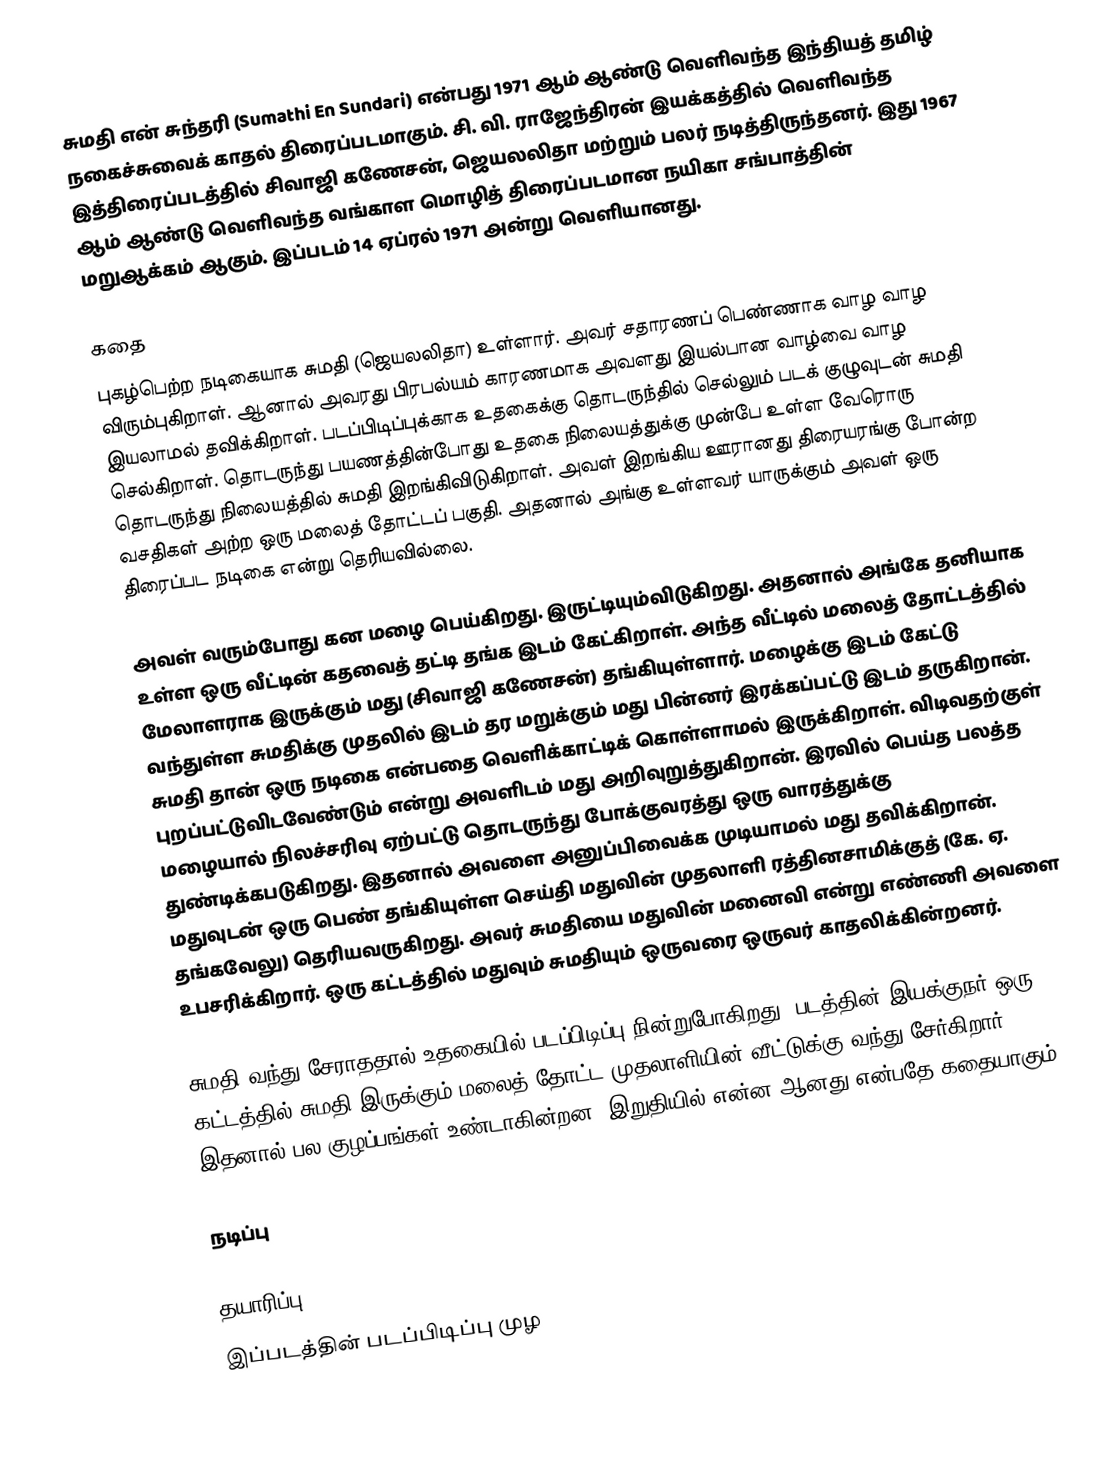
சுமதி என் சுந்தரி (Sumathi En Sundari) என்பது 1971 ஆம் ஆண்டு வெளிவந்த இந்தியத் தமிழ் நகைச்சுவைக் காதல் திரைப்படமாகும். சி. வி. ராஜேந்திரன் இயக்கத்தில் வெளிவந்த இத்திரைப்படத்தில் சிவாஜி கணேசன், ஜெயலலிதா மற்றும் பலர் நடித்திருந்தனர். இது 1967 ஆம் ஆண்டு வெளிவந்த வங்காள மொழித் திரைப்படமான நயிகா சங்பாத்தின் மறுஆக்கம் ஆகும். இப்படம் 14 ஏப்ரல் 1971 அன்று வெளியானது.

கதை
புகழ்பெற்ற நடிகையாக சுமதி (ஜெயலலிதா) உள்ளார். அவர் சதாரணப் பெண்ணாக வாழ வாழ விரும்புகிறாள். ஆனால் அவரது பிரபல்யம் காரணமாக அவளது இயல்பான வாழ்வை வாழ இயலாமல் தவிக்கிறாள். படப்பிடிப்புக்காக உதகைக்கு தொடருந்தில் செல்லும் படக் குழுவுடன் சுமதி செல்கிறாள். தொடருந்து பயணத்தின்போது உதகை நிலையத்துக்கு முன்பே உள்ள வேரொரு தொடருந்து நிலையத்தில் சுமதி இறங்கிவிடுகிறாள். அவள் இறங்கிய ஊரானது திரையரங்கு போன்ற வசதிகள் அற்ற ஒரு மலைத் தோட்டப் பகுதி. அதனால் அங்கு உள்ளவர் யாருக்கும் அவள் ஒரு திரைப்பட நடிகை என்று தெரியவில்லை.

அவள் வரும்போது கன மழை பெய்கிறது. இருட்டியும்விடுகிறது. அதனால் அங்கே தனியாக உள்ள ஒரு வீட்டின் கதவைத் தட்டி தங்க இடம் கேட்கிறாள். அந்த வீட்டில் மலைத் தோட்டத்தில் மேலாளராக இருக்கும் மது (சிவாஜி கணேசன்) தங்கியுள்ளார். மழைக்கு இடம் கேட்டு வந்துள்ள சுமதிக்கு முதலில் இடம் தர மறுக்கும் மது பின்னர் இரக்கப்பட்டு இடம் தருகிறான். சுமதி தான் ஒரு நடிகை என்பதை வெளிக்காட்டிக் கொள்ளாமல் இருக்கிறாள். விடிவதற்குள் புறப்பட்டுவிடவேண்டும் என்று அவளிடம் மது அறிவுறுத்துகிறான்.  இரவில் பெய்த பலத்த மழையால் நிலச்சரிவு ஏற்பட்டு தொடருந்து போக்குவரத்து ஒரு வாரத்துக்கு துண்டிக்கபடுகிறது. இதனால் அவளை அனுப்பிவைக்க முடியாமல் மது தவிக்கிறான். மதுவுடன் ஒரு பெண் தங்கியுள்ள செய்தி மதுவின் முதலாளி ரத்தினசாமிக்குத் (கே. ஏ. தங்கவேலு) தெரியவருகிறது. அவர் சுமதியை மதுவின் மனைவி என்று எண்ணி அவளை உபசரிக்கிறார். ஒரு கட்டத்தில் மதுவும் சுமதியும் ஒருவரை ஒருவர் காதலிக்கின்றனர்.

சுமதி வந்து சேராததால் உதகையில் படப்பிடிப்பு நின்றுபோகிறது. படத்தின் இயக்குநர் ஒரு கட்டத்தில் சுமதி இருக்கும் மலைத் தோட்ட முதலாளியின் வீட்டுக்கு வந்து சேர்கிறார். இதனால் பல குழப்பங்கள் உண்டாகின்றன. இறுதியில் என்ன ஆனது என்பதே கதையாகும்.

நடிப்பு

தயாரிப்பு
இப்படத்தின் படப்பிடிப்பு முழ